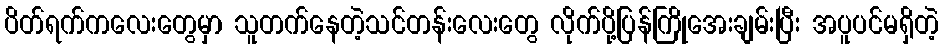
ပိတ်ရက်ကလေးတွေမှာ သူတက်နေတဲ့သင်တန်းလေးတွေ လိုက်ပို့ပြန်ကြိုအေးချမ်းပြီး အပူပင်မရှိတဲ့